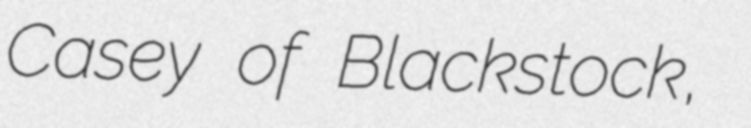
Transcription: Casey of Blackstock,